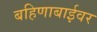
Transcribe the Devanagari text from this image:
बहिणाबाईवर